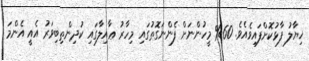
ޚިޔާލު ފާޅުކޮށްފައިވެއެވެ. 60% މީހުންނަށް ފެންނަގޮތުގައި މިހާރު ޢާއިލާގައި ކުދިންތިބިވަރު އެއީ އެންމަ